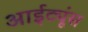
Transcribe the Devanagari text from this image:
आईट्यूंस